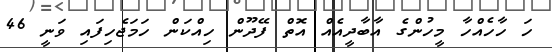
ހަ ހާހެއްހާ މީހުންގެ އާބާދީއެއް އޮތް ފޭދޫން ހިއްކަން ހަމަޖެހިފައި ވަނީ 46